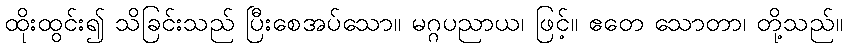
ထိုးထွင်း၍ သိခြင်းသည် ပြီးစေအပ်သော။ မဂ္ဂပညာယ၊ ဖြင့်။ ဧတေ သောတာ၊ တို့သည်။